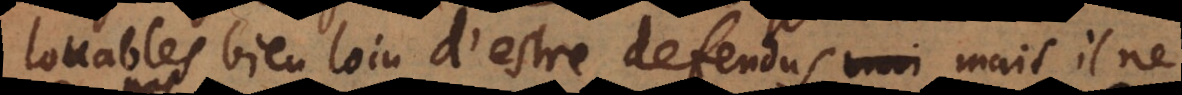
louables bien loin d’estre defendus, mais il ne